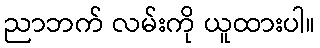
ညာဘက် လမ်းကို ယူထားပါ။